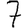
Digit: 7